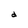
Character: d